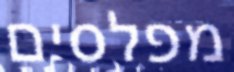
מפלסים